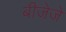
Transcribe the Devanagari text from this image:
बीजेजे